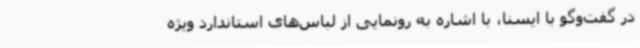
در گفت‌وگو با ایسنا، با اشاره به رونمایی از لباس‌های استاندارد ویژه